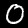
Label: 0